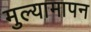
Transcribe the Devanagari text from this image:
मुल्यामापन